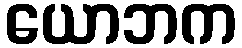
ယောဘက